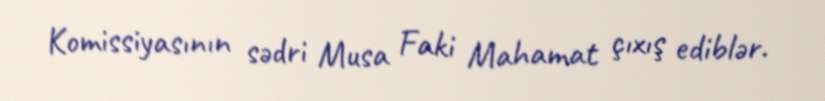
Komissiyasının sədri Musa Faki Mahamat çıxış ediblər.